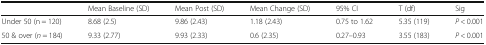
|  | Mean Baseline (SD) | Mean Post (SD) | Mean Change (SD) | 95% CI | T (df) | Sig |
 | --- | --- | --- | --- | --- | --- | --- |
 | Under 50 (n = 120) | 8.68 (2.5) | 9.86 (2.43) | 1.18 (2.43) | 0.75 to 1.62 | 5.35 (119) | P < 0.001 |
 | 50 & over (n = 184) | 9.33 (2.77) | 9.93 (2.33) | 0.6 (2.35) | 0.27–0.93 | 3.55 (183) | P < 0.001 |